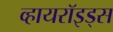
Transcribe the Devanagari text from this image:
व्हायरॉइड्स